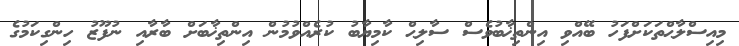
މިއިސްލާޙްތަކަށްފަހު ބޭއްވި އިންތިޚާބުވެސް ސާލިޙް ކާމިޔާބު ކުރެއްވުމުން އިންތިޚާބަށް ބާރާއި ނުފޫޒު ހިންގިކަމުގެ